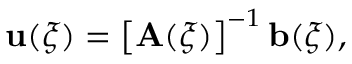
\mathbf { u } ( \boldsymbol { \xi } ) = \left[ \mathbf { A } ( \boldsymbol { \xi } ) \right] ^ { - 1 } \mathbf { b } ( \boldsymbol { \xi } ) ,